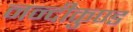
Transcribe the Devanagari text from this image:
नन्दीकुण्ड